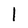
Character: I